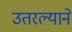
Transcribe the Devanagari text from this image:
उतरल्याने